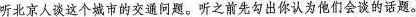
听北京人谈这个城市的交通问题.听之前先勾出你认为他们会谈的话题。